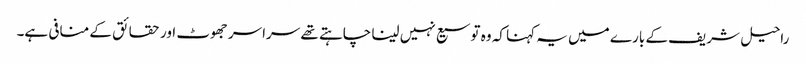
راحیل شریف کے بارے میں یہ کہنا کہ وہ توسیع نہیں لینا چاہتے تھے سراسر جھوٹ اور حقائق کے منافی ہے۔